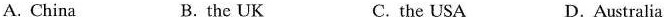
A. China B. the UK C. the USA D.Australia